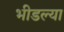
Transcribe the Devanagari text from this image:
भीडल्या